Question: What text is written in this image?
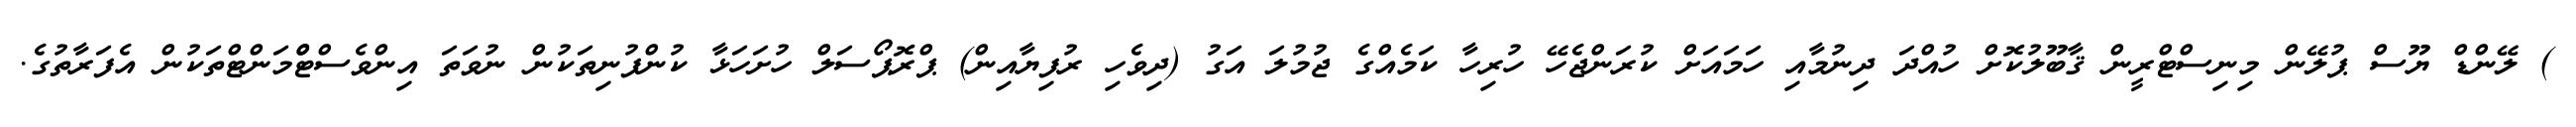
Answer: ) ލޭންޑް ޔޫސް ޕުލޭން މިނިސްޓްރީން ޤާބޫލުކޮށް ހުއްދަ ދިނުމާއި ހަމައަށް ކުރަންޖެހޭ ހުރިހާ ކަމެއްގެ ޖުމުލަ އަގު (ދިވެހި ރުފިޔާއިން) ޕްރޮޕޯސަލް ހުށަހަޅާ ކުންފުނިތަކުން ނުވަތަ އިންވެސްޓްްމަންޓްތަކުން އެފަރާތުގެ.